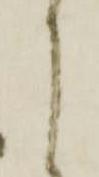
に